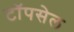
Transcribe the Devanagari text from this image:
टॉपसेल